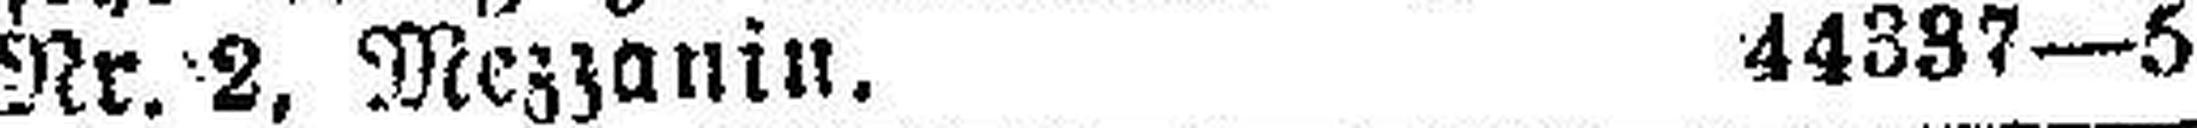
Nr. 2, Mezzanin. 44337—5